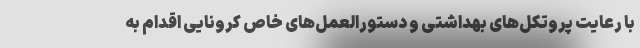
با رعایت پروتکل‌های بهداشتی و دستورالعمل‌های خاص کرونایی اقدام به